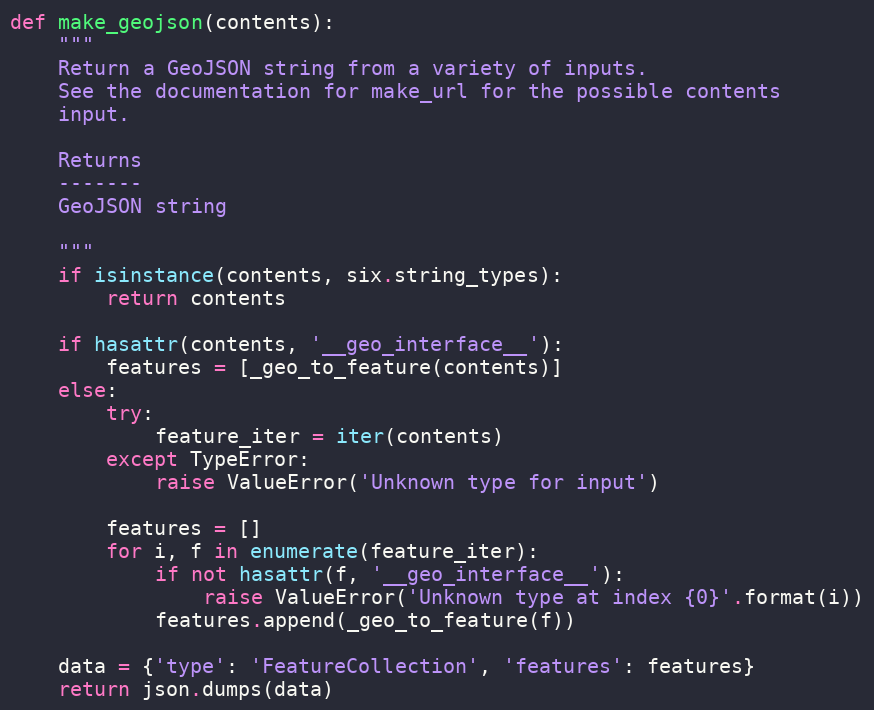
Language: Python
def make_geojson(contents):
    """
    Return a GeoJSON string from a variety of inputs.
    See the documentation for make_url for the possible contents
    input.

    Returns
    -------
    GeoJSON string

    """
    if isinstance(contents, six.string_types):
        return contents

    if hasattr(contents, '__geo_interface__'):
        features = [_geo_to_feature(contents)]
    else:
        try:
            feature_iter = iter(contents)
        except TypeError:
            raise ValueError('Unknown type for input')

        features = []
        for i, f in enumerate(feature_iter):
            if not hasattr(f, '__geo_interface__'):
                raise ValueError('Unknown type at index {0}'.format(i))
            features.append(_geo_to_feature(f))

    data = {'type': 'FeatureCollection', 'features': features}
    return json.dumps(data)